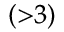
^ { ( > 3 ) }